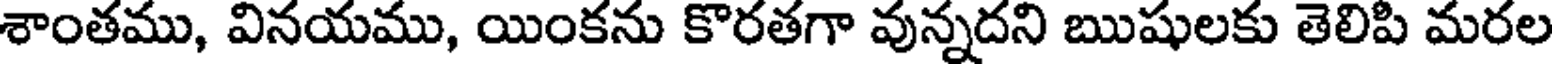
శాంతము, వినయము, యింకను కొరతగా వున్నదని ఋషులకు తెలిపి మరల